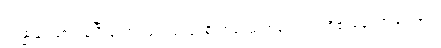
ဥပ္ပန္နာနံ၊ ဖြစ်ကုန်ပြီးသော။ ဝေယျာဗျာဓိကာနံ၊ ဓာတ်လေးပါးတို့၏ချောက်ခြားခြင်း